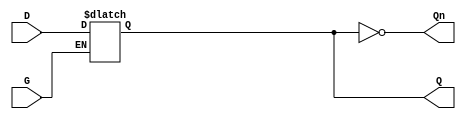
module dual_input_gated_latch (
    input wire D,      // Data Input
    input wire G,      // Gating Input
    output reg Q,      // Output
    output wire Qn     // Complement Output
);

// Complement output
assign Qn = ~Q;

// Always block to model the behavior of the gated latch
always @(*) begin
    if (G) begin
        Q = D;  // Capture the value of D when G is high
    end
    // When G is low, Q retains its previous value (no assignment needed)
end

endmodule